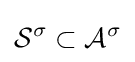
{\mathcal {S}}^{\sigma }\subset {\mathcal {A}}^{\sigma }